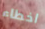
اخطاء